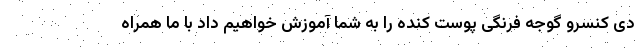
دی کنسرو گوجه فرنگی پوست کنده را به شما آموزش خواهیم داد با ما همراه